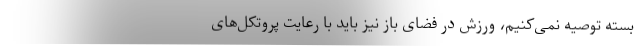
بسته توصیه نمی‌کنیم، ورزش در فضای باز نیز باید با رعایت پروتکل‌های